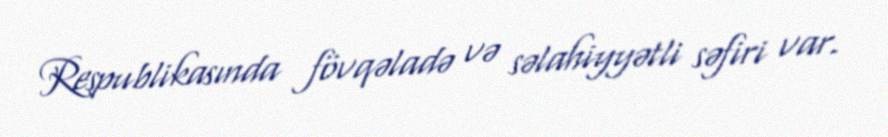
Respublikasında fövqəladə və səlahiyyətli səfiri var.